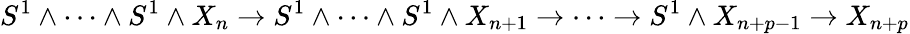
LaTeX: S^{1}\wedge\dots\wedge S^{1}\wedge X_{n}\to S^{1}\wedge\dots\wedge S^{1}\wedge X_{n+1}\to\dots\to S^{1}\wedge X_{n+p-1}\to X_{n+p}